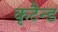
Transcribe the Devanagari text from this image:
कृटैन्ड